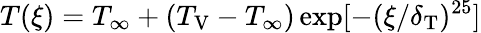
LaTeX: T(\xi)=T_{\infty}+(T_{\mathrm{V}}-T_{\infty})\exp[-(\xi/\delta_{\mathrm{T}})^{25}]